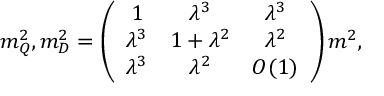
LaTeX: m _ { Q } ^ { 2 } , m _ { D } ^ { 2 } = \left( \begin{array} { c c c } { { 1 } } & { { \lambda ^ { 3 } } } & { { \lambda ^ { 3 } } } \\ { { \lambda ^ { 3 } } } & { { 1 + \lambda ^ { 2 } } } & { { \lambda ^ { 2 } } } \\ { { \lambda ^ { 3 } } } & { { \lambda ^ { 2 } } } & { { O ( 1 ) } } \end{array} \right) m ^ { 2 } ,